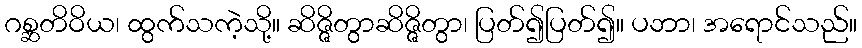
ဂစ္ဆတိဝိယ၊ ထွက်သကဲ့သို့။ ဆိဇ္ဇိတွာဆိဇ္ဇိတွာ၊ ပြတ်၍ပြတ်၍။ ပဘာ၊ အရောင်သည်။